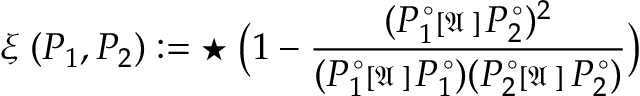
\displaystyle \xi _ { \mathbf { \varepsilon } } ( P _ { 1 } , P _ { 2 } ) : = \star _ { \mathbf { \varepsilon } } \big ( 1 - \frac { ( P _ { 1 } ^ { \, \circ } { \scriptstyle { [ \mathfrak { A } _ { \mathbf { \varepsilon } } ] } \, } P _ { 2 } ^ { \, \circ } ) ^ { 2 } } { ( { P _ { 1 } ^ { \, \circ } { \scriptstyle { [ \mathfrak { A } _ { \mathbf { \varepsilon } } ] } \, } P _ { 1 } ^ { \, \circ } ) } { ( P _ { 2 } ^ { \, \circ } { \scriptstyle { [ \mathfrak { A } _ { \mathbf { \varepsilon } } } ] } \, P _ { 2 } ^ { \, \circ } ) } } \big )